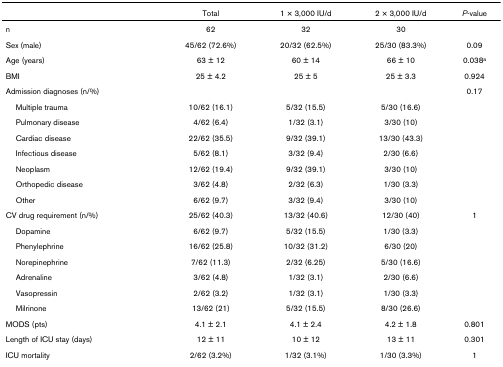
<table><thead><tr><td></td><td><b>Total</b></td><td><b>1 × 3,000 IU/d</b></td><td><b>2 × 3,000 IU/d</b></td><td><b><i>P</i>-value</b></td></tr></thead><tbody><tr><td>n</td><td>62</td><td>32</td><td>30</td><td></td></tr><tr><td>Sex (male)</td><td>45/62 (72.6%)</td><td>20/32 (62.5%)</td><td>25/30 (83.3%)</td><td>0.09</td></tr><tr><td>Age (years)</td><td>63 ± 12</td><td>60 ± 14</td><td>66 ± 10</td><td>0.038<sup>a</sup></td></tr><tr><td>BMI</td><td>25 ± 4.2</td><td>25 ± 5</td><td>25 ± 3.3</td><td>0.924</td></tr><tr><td>Admission diagnoses (n/%)</td><td></td><td></td><td></td><td>0.17</td></tr><tr><td> Multiple trauma</td><td>10/62 (16.1)</td><td>5/32 (15.5)</td><td>5/30 (16.6)</td><td></td></tr><tr><td> Pulmonary disease</td><td>4/62 (6.4)</td><td>1/32 (3.1)</td><td>3/30 (10)</td><td></td></tr><tr><td> Cardiac disease</td><td>22/62 (35.5)</td><td>9/32 (39.1)</td><td>13/30 (43.3)</td><td></td></tr><tr><td> Infectious disease</td><td>5/62 (8.1)</td><td>3/32 (9.4)</td><td>2/30 (6.6)</td><td></td></tr><tr><td> Neoplasm</td><td>12/62 (19.4)</td><td>9/32 (39.1)</td><td>3/30 (10)</td><td></td></tr><tr><td> Orthopedic disease</td><td>3/62 (4.8)</td><td>2/32 (6.3)</td><td>1/30 (3.3)</td><td></td></tr><tr><td> Other</td><td>6/62 (9.7)</td><td>3/32 (9.4)</td><td>3/30 (10)</td><td></td></tr><tr><td>CV drug requirement (n/%)</td><td>25/62 (40.3)</td><td>13/32 (40.6)</td><td>12/30 (40)</td><td>1</td></tr><tr><td> Dopamine</td><td>6/62 (9.7)</td><td>5/32 (15.5)</td><td>1/30 (3.3)</td><td></td></tr><tr><td> Phenylephrine</td><td>16/62 (25.8)</td><td>10/32 (31.2)</td><td>6/30 (20)</td><td></td></tr><tr><td> Norepinephrine</td><td>7/62 (11.3)</td><td>2/32 (6.25)</td><td>5/30 (16.6)</td><td></td></tr><tr><td> Adrenaline</td><td>3/62 (4.8)</td><td>1/32 (3.1)</td><td>2/30 (6.6)</td><td></td></tr><tr><td> Vasopressin</td><td>2/62 (3.2)</td><td>1/32 (3.1)</td><td>1/30 (3.3)</td><td></td></tr><tr><td> Milrinone</td><td>13/62 (21)</td><td>5/32 (15.5)</td><td>8/30 (26.6)</td><td></td></tr><tr><td>MODS (pts)</td><td>4.1 ± 2.1</td><td>4.1 ± 2.4</td><td>4.2 ± 1.8</td><td>0.801</td></tr><tr><td>Length of ICU stay (days)</td><td>12 ± 11</td><td>10 ± 12</td><td>13 ± 11</td><td>0.301</td></tr><tr><td>ICU mortality</td><td>2/62 (3.2%)</td><td>1/32 (3.1%)</td><td>1/30 (3.3%)</td><td>1</td></tr></tbody></table>